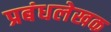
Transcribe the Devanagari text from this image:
प्रबंधलेखक